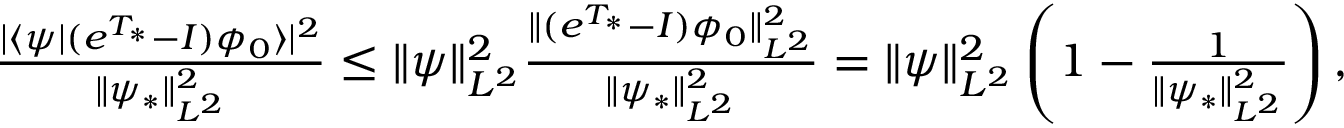
\begin{array} { r } { \frac { \vert \langle \psi | ( e ^ { T _ { * } } - I ) \phi _ { 0 } \rangle \vert ^ { 2 } } { \Vert \psi _ { * } \Vert _ { L ^ { 2 } } ^ { 2 } } \leq \Vert \psi \Vert _ { L ^ { 2 } } ^ { 2 } \frac { \Vert ( e ^ { T _ { * } } - I ) \phi _ { 0 } \Vert _ { L ^ { 2 } } ^ { 2 } } { \Vert \psi _ { * } \Vert _ { L ^ { 2 } } ^ { 2 } } = \Vert \psi \Vert _ { L ^ { 2 } } ^ { 2 } \left( 1 - \frac { 1 } { \Vert \psi _ { * } \Vert _ { L ^ { 2 } } ^ { 2 } } \right) , } \end{array}